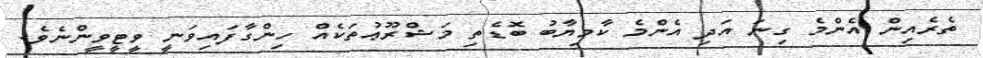
ތެރެއިން އެންމެ ގިނަ އަދި އެންމެ ކާމިޔާބު ބޮޑެތި މަޝްރޫޢުތަކެއް ހިންގާފައިވަނީ ވީޓީވީންނެވެ.